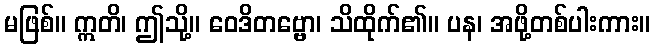
မဖြစ်။ ဣတိ၊ ဤသို့။ ဝေဒိတဗ္ဗော၊ သိထိုက်၏။ ပန၊ အဖို့တစ်ပါးကား။